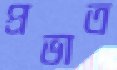
প্রভাত